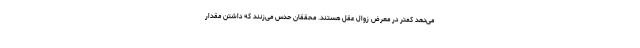
می‌دهد کمتر در معرض زوال عقل هستند. محققان حدس می‌زنند که داشتن مقدار